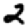
Digit: 2